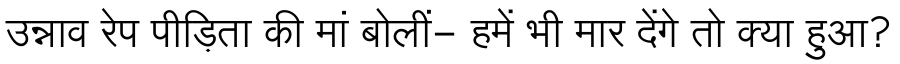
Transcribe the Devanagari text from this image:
उन्नाव रेप पीड़िता की मां बोलीं- हमें भी मार देंगे तो क्या हुआ?